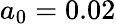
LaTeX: a_{0}=0.02